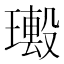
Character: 𤩮